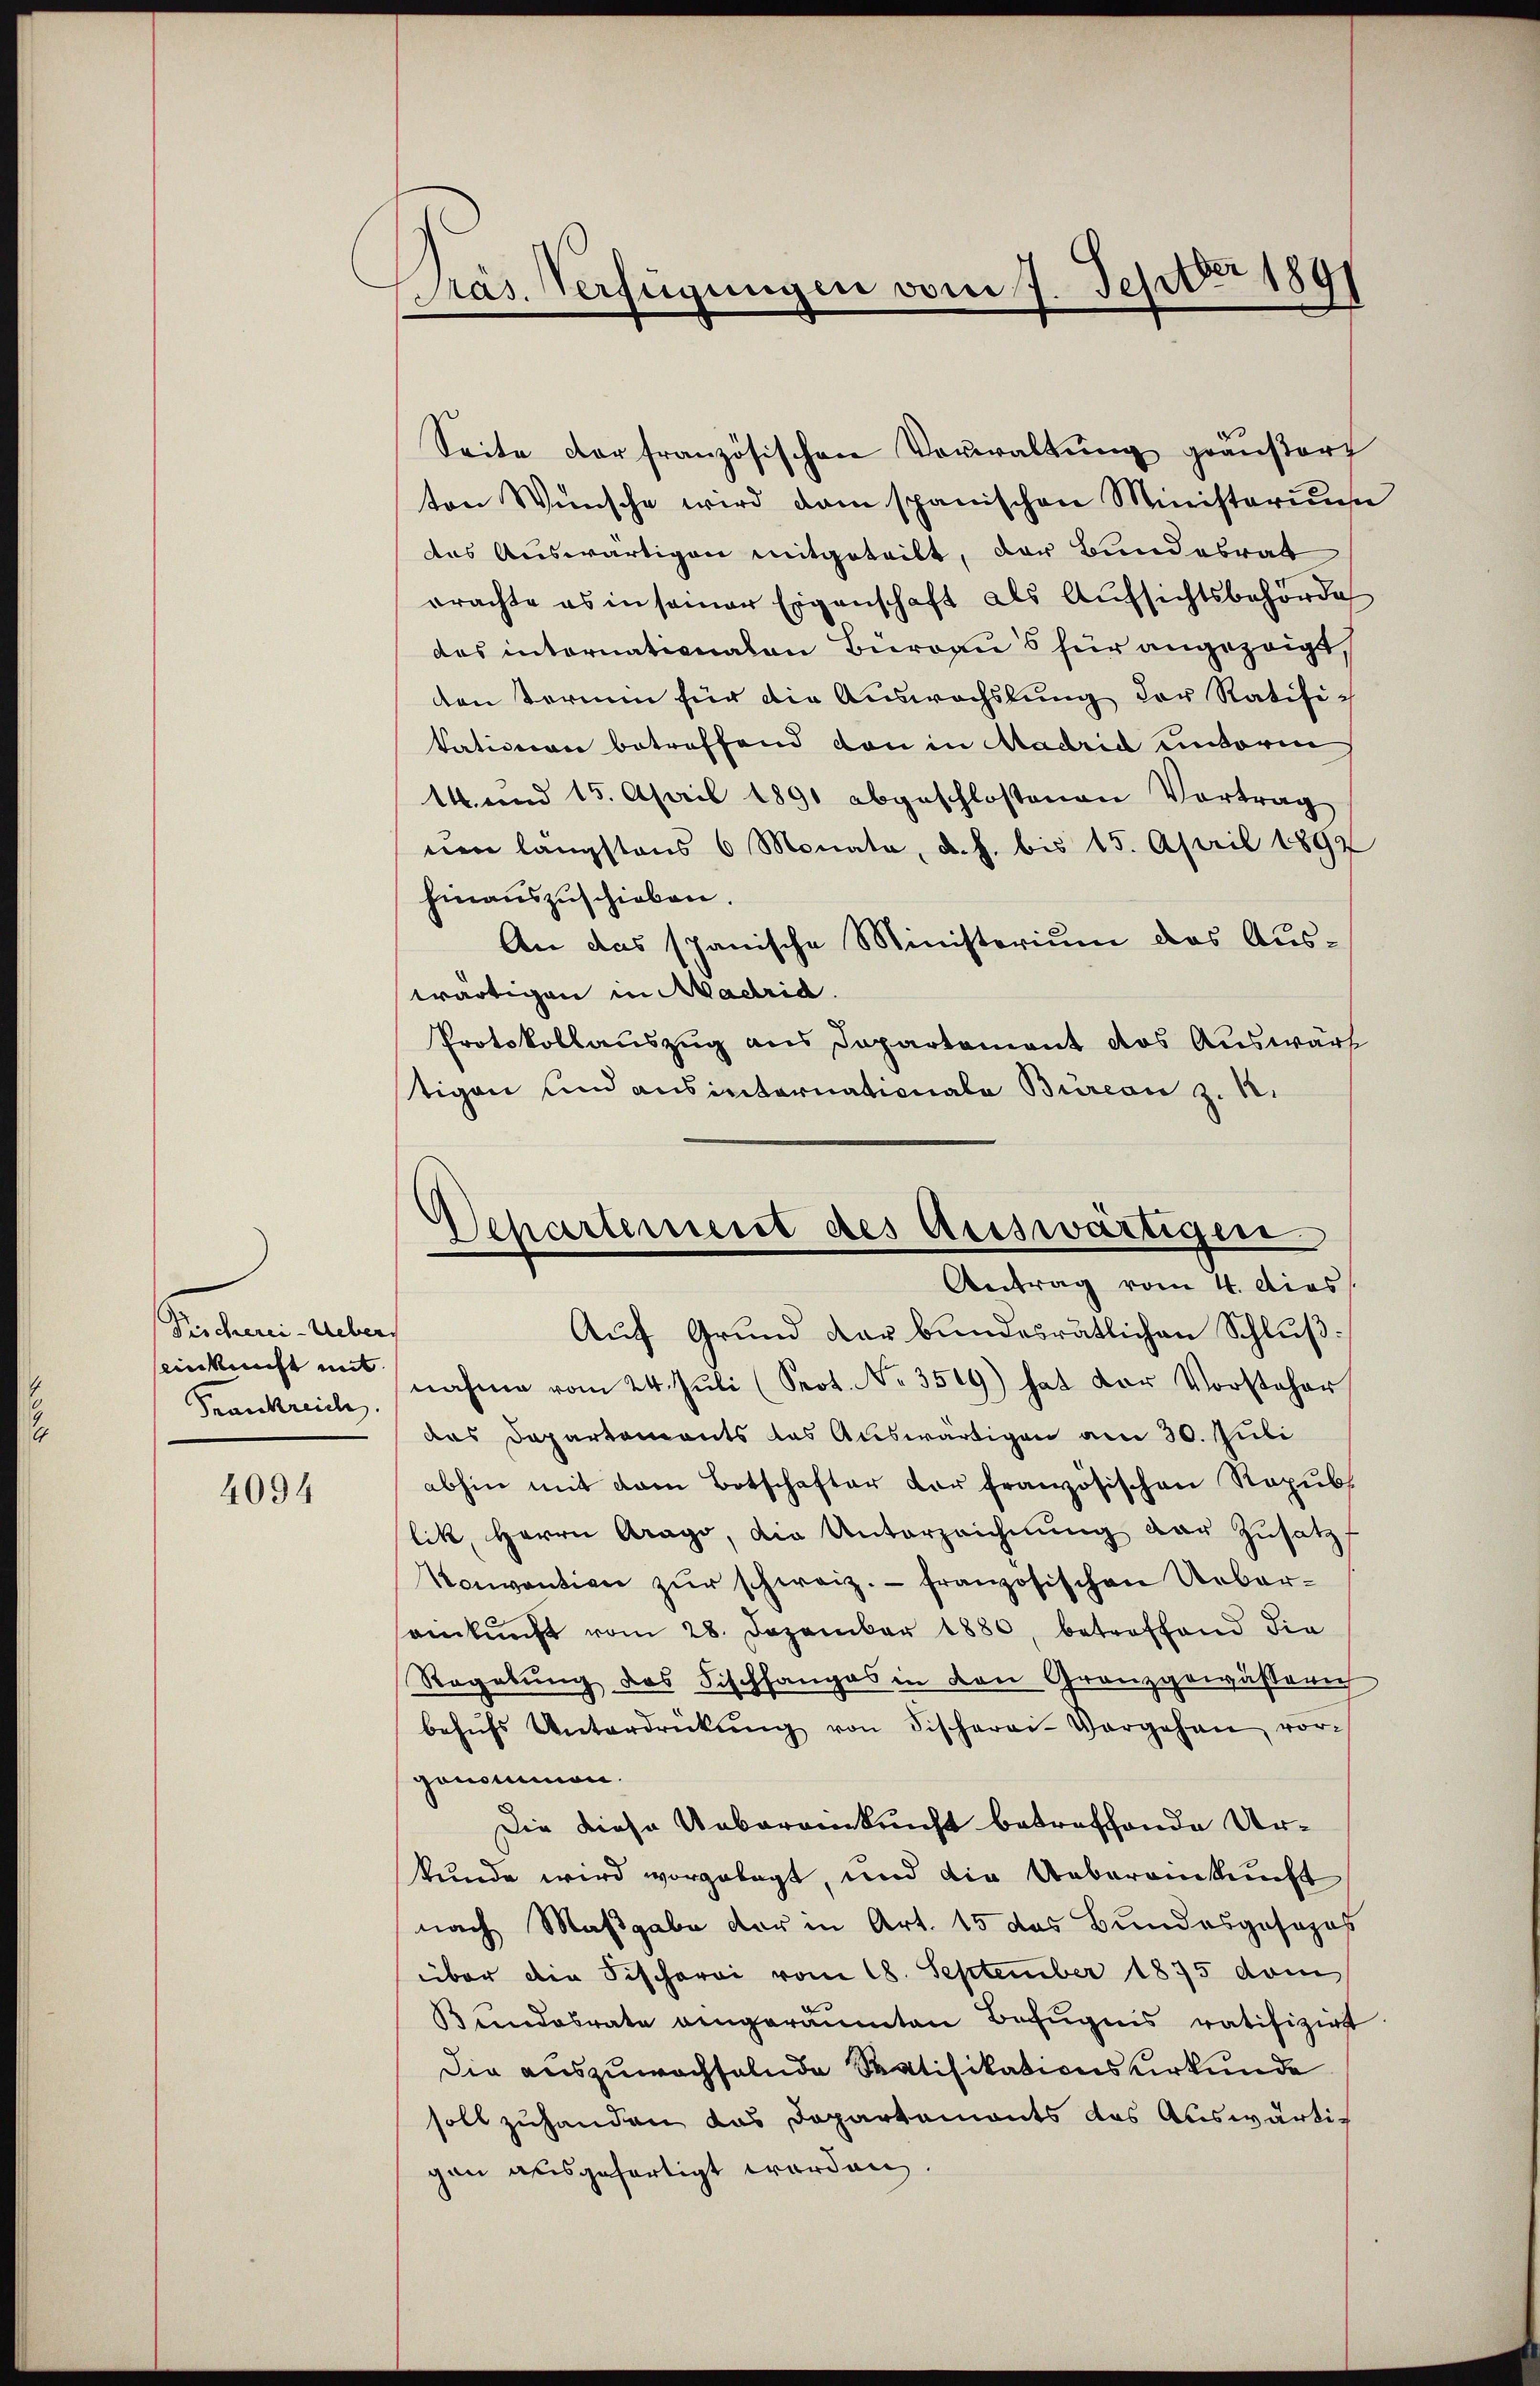
Dircherei-Ueber
einkunft mit
Frankreich

4094

Präs. Verfügungen vom 7. Septbr 1891

Scharterseit des Auswärtigen
Antrag vom 4. dies

Seite der französischen Verwaltŭng geäußert
ten Wünsche wird dam spanischen Ministerium
das Auswärtigen mitgeteilt, der Bundesrat
brachte es in seiner Eigenschaft als Aufsichtsbehörde
des internationalen Büreaus für angezeigt,
den Termin für die Auswachslung der Ratific
kationen betreffend von in Madrid unterm
1. und 15. April 1890 abgeschlossenen Vortrag
uen längstens 6 Monata, d. h. bis 15. April 1892
hinauszuschieben.
An das spanische Ministerium das Auswärtigen in Madria.
Protokollauszug aus Departement das Auswärt
tigen und ausinternationale Bureau z. 1.
Auf Grund dar bundesrätlichen Schluß:
nahme vom 24. Jŭli (Prot. No. 3509) hat der Vorsteher
das Departements das Auswärtigen am 30. Juli
abhin mit dem Botschafter der französischen Republik, Herrn Arago, die Unterzeichnŭng der Zusatz
Konvention zŭr schweiz.- französischen Uebereinkunft vom 28. Dezember 1880, betreffend die
Regabung des Fischfanges in den Granzgewässerich
behŭfs Unterdrückŭng von Fischerei-Vergehen vor-
genommen.
Die diese Ueberankunft betreffende Urkunde wird vorgelegt, und die Uebereinkunft
nach Maßgabe der in Art. 15 das Bundesgosozas
über die Fischerei vom 18. September 1875 vom
Bundesrate eingeräumten Befugnis ratifizirt
Die auszuwachselnde Ratifikationsurkunde
soll zuhanden das Departements das Auswärtigen ausgefertigt worden.